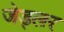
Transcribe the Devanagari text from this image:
जेड्लर